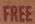
FREE